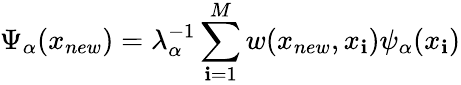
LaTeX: \Psi_{\alpha}(x_{new})=\lambda_{\alpha}^{-1}\sum_{\mathbf{i}=1}^{M}w(x_{new},x_{\mathbf{i}})\psi_{\alpha}(x_{\mathbf{i}})